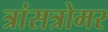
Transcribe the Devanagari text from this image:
त्रांसत्रोमर